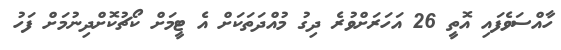
ހާއްސަވެފައި އޮތީ 26 އަހަރަށްވުރެ ދިގު މުއްދަތަކަށް އެ ޓީމަށް ކޯޗުކޮށްދިނުމަށް ފަހު